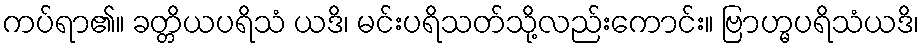
ကပ်ရာ၏။ ခတ္တိယပရိသံ ယဒိ၊ မင်းပရိသတ်သို့လည်းကောင်း။ ဗြာဟ္မပရိသံယဒိ၊